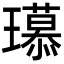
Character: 𤪶